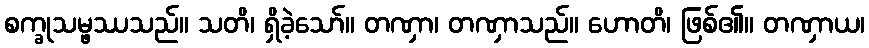
စက္ခုသမ္ဖဿသည်။ သတိ၊ ရှိခဲ့သော်။ တဏှာ၊ တဏှာသည်။ ဟောတိ၊ ဖြစ်၏။ တဏှာယ၊